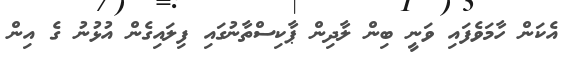
އެކަން ހާމަވެފައި ވަނީ ބިން ލާދިން ޕާކިސްތާނުގައި ފިލައިގެން އުޅުނު ގެ އިން